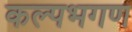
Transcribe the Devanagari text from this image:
कल्पभगण